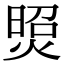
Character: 𤋜